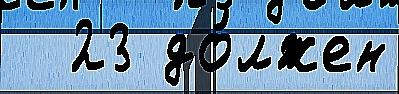
  23 до́лжен